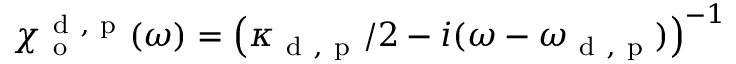
\chi _ { \mathrm { ~ o ~ } } ^ { \mathrm { ~ d ~ , ~ p ~ } } ( \omega ) = \left( \kappa _ { \mathrm { ~ d ~ , ~ p ~ } } / 2 - i ( \omega - \omega _ { \mathrm { ~ d ~ , ~ p ~ } } ) \right) ^ { - 1 }